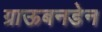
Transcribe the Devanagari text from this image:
ग्राऊबनडेन